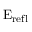
\mathrm { E } _ { \mathrm { r e f l } }